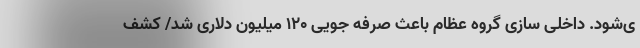
ی‌شود. داخلی سازی گروه عظام باعث صرفه جویی ۱۲۰ میلیون دلاری شد/ کشف